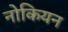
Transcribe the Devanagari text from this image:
नोकियन